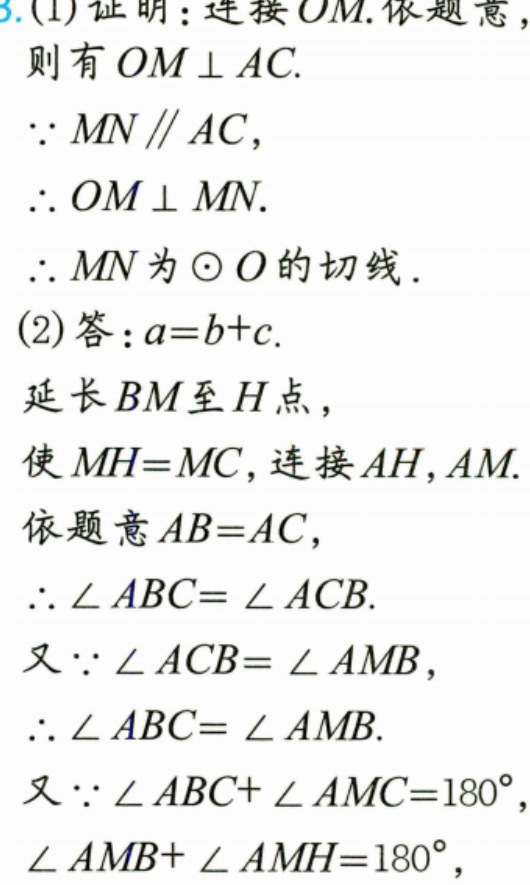
3.(1)证明：连接\(OM\).依题意，
则有\(OM\perp AC\).
\(\because MN\parallel AC\)，
\(\therefore OM\perp MN\).
\(\therefore MN\)为\(\odot O\)的切线.
(2)答：\(a = b + c\).
延长\(BM\)至\(H\)点，
使\(MH = MC\)，连接\(AH\)，\(AM\).
依题意\(AB = AC\)，
\(\therefore\angle ABC=\angle ACB\).
又\(\because\angle ACB=\angle AMB\)，
\(\therefore\angle ABC=\angle AMB\).
又\(\because\angle ABC+\angle AMC = 180^{\circ}\)，
\(\angle AMB+\angle AMH = 180^{\circ}\)，